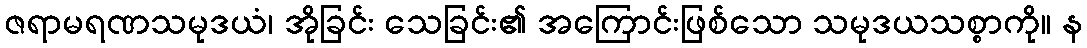
ဇရာမရဏသမုဒယံ၊ အိုခြင်း သေခြင်း၏ အကြောင်းဖြစ်သော သမုဒယသစ္စာကို။ န